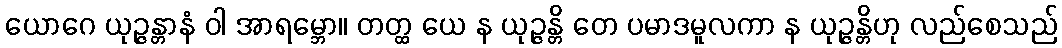
ယောဂေ ယုဉ္ဇန္တာနံ ဝါ အာရမ္ဘော။ တတ္ထ ယေ န ယုဉ္ဇန္တိ တေ ပမာဒမူလကာ န ယုဉ္ဇန္တိဟု လည်စေသည်